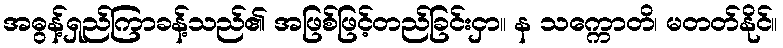
အဓွန့်ရှည်ကြာခန့်သည်၏ အဖြစ်ဖြင့်တည်ခြင်းငှာ။ န သက္ကောတိ၊ မတတ်နိုင်။